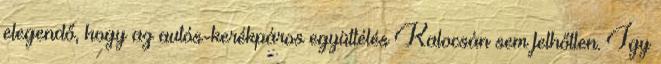
elegendő, hogy az autós-kerékpáros együttélés Kalocsán sem felhőtlen. Így